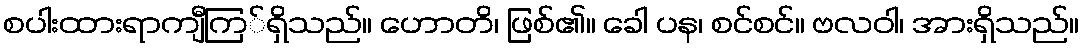
စပါးထားရာကျီကြ်ရှိသည်။ ဟောတိ၊ ဖြစ်၏။ ခေါ ပန၊ စင်စင်။ ဗလဝါ၊ အားရှိသည်။